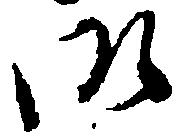
御